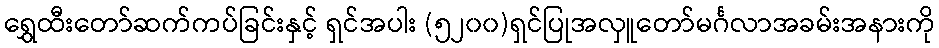
ရွှေထီးတော်ဆက်ကပ်ခြင်းနှင့် ရှင်အပါး (၅၂၀၀)ရှင်ပြုအလှူတော်မင်္ဂလာအခမ်းအနားကို